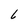
Character: 6